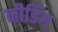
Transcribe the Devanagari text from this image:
नीडिंग